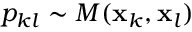
p _ { k l } \sim M ( \mathbf { x } _ { k } , \mathbf { x } _ { l } )